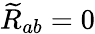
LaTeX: {\widetilde{R}}_{ab}=0